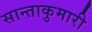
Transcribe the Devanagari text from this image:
सान्ताकुमारी